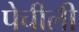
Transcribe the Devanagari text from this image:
पेचीली